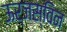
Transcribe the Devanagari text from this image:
ऊर्जस्विन